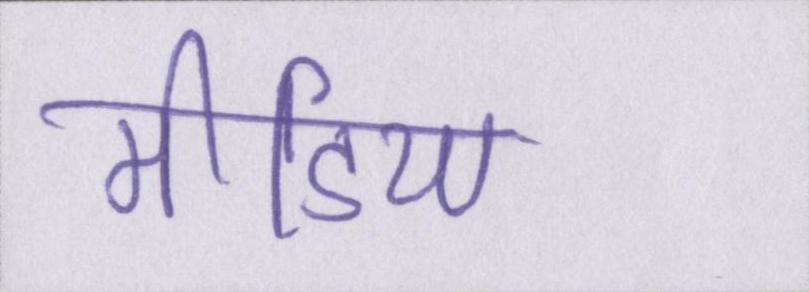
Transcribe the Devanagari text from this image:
मीडिया